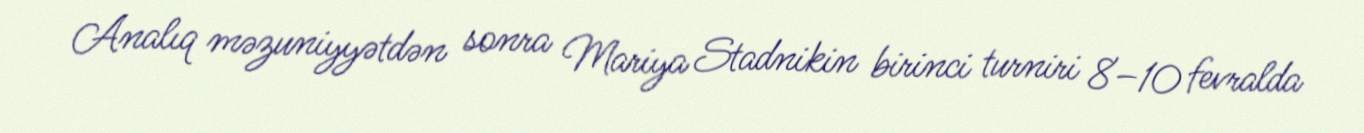
Analıq məzuniyyətdən sonra Mariya Stadnikin birinci turniri 8–10 fevralda